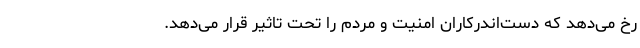
رخ می‌دهد که دست‌اندرکاران امنیت و مردم را تحت تاثیر قرار می‌دهد.